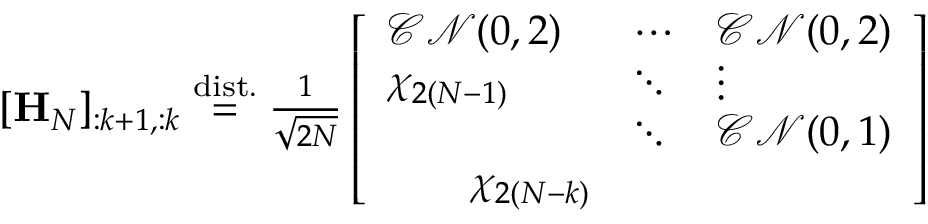
\begin{array} { r } { [ \mathbf { H } _ { N } ] _ { : k + 1 , : k } \stackrel { \mathrm { d i s t . } } { = } \frac { 1 } { \sqrt { 2 N } } \left[ \begin{array} { l l l } { \mathcal { C N } ( 0 , 2 ) } & { \cdots } & { \mathcal { C N } ( 0 , 2 ) } \\ { \chi _ { 2 ( N - 1 ) } } & { \ddots } & { \vdots } \\ & { \ddots } & { \mathcal { C N } ( 0 , 1 ) } \\ { \qquad \chi _ { 2 ( N - k ) } } & \end{array} \right] } \end{array}